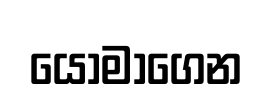
යොමාගෙන